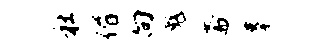
社偕向彪斋摹